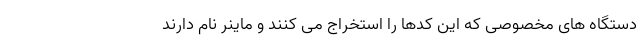
دستگاه های مخصوصی که این کدها را استخراج می کنند و ماینر نام دارند